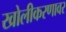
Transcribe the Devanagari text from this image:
खोलीकरणावर